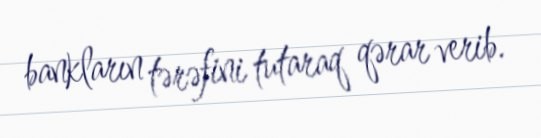
bankların tərəfini tutaraq qərar verib.